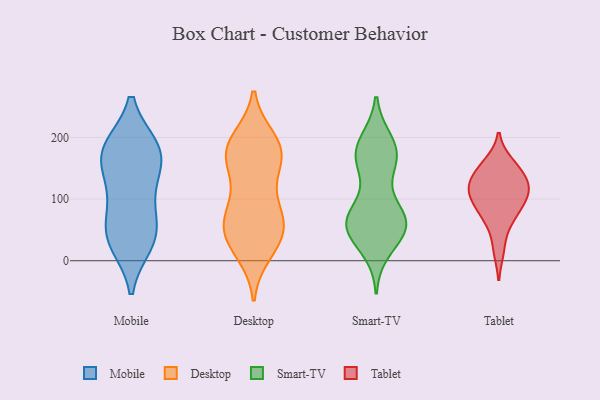
{"axis": {"x": "Inventory Turnover", "y": "Value"}, "legend": ["Desktop", "Mobile", "Smart-TV", "Tablet"], "data": [{"x": "", "y": 179, "type": "Mobile"}, {"x": "", "y": 114, "type": "Mobile"}, {"x": "", "y": 180, "type": "Mobile"}, {"x": "", "y": 30, "type": "Mobile"}, {"x": "", "y": 172, "type": "Mobile"}, {"x": "", "y": 100, "type": "Mobile"}, {"x": "", "y": 159, "type": "Mobile"}, {"x": "", "y": 43, "type": "Mobile"}, {"x": "", "y": 41, "type": "Mobile"}, {"x": "", "y": 46, "type": "Mobile"}, {"x": "", "y": 182, "type": "Mobile"}, {"x": "", "y": 170, "type": "Desktop"}, {"x": "", "y": 63, "type": "Desktop"}, {"x": "", "y": 16, "type": "Desktop"}, {"x": "", "y": 76, "type": "Desktop"}, {"x": "", "y": 44, "type": "Desktop"}, {"x": "", "y": 173, "type": "Desktop"}, {"x": "", "y": 179, "type": "Desktop"}, {"x": "", "y": 177, "type": "Desktop"}, {"x": "", "y": 64, "type": "Desktop"}, {"x": "", "y": 34, "type": "Desktop"}, {"x": "", "y": 86, "type": "Desktop"}, {"x": "", "y": 179, "type": "Desktop"}, {"x": "", "y": 194, "type": "Desktop"}, {"x": "", "y": 36, "type": "Desktop"}, {"x": "", "y": 131, "type": "Desktop"}, {"x": "", "y": 56, "type": "Smart-TV"}, {"x": "", "y": 61, "type": "Smart-TV"}, {"x": "", "y": 173, "type": "Smart-TV"}, {"x": "", "y": 191, "type": "Smart-TV"}, {"x": "", "y": 54, "type": "Smart-TV"}, {"x": "", "y": 167, "type": "Smart-TV"}, {"x": "", "y": 63, "type": "Smart-TV"}, {"x": "", "y": 175, "type": "Smart-TV"}, {"x": "", "y": 176, "type": "Smart-TV"}, {"x": "", "y": 157, "type": "Smart-TV"}, {"x": "", "y": 58, "type": "Smart-TV"}, {"x": "", "y": 21, "type": "Smart-TV"}, {"x": "", "y": 62, "type": "Smart-TV"}, {"x": "", "y": 72, "type": "Smart-TV"}, {"x": "", "y": 65, "type": "Smart-TV"}, {"x": "", "y": 18, "type": "Tablet"}, {"x": "", "y": 158, "type": "Tablet"}, {"x": "", "y": 125, "type": "Tablet"}, {"x": "", "y": 106, "type": "Tablet"}, {"x": "", "y": 66, "type": "Tablet"}, {"x": "", "y": 152, "type": "Tablet"}, {"x": "", "y": 72, "type": "Tablet"}, {"x": "", "y": 110, "type": "Tablet"}, {"x": "", "y": 139, "type": "Tablet"}, {"x": "", "y": 108, "type": "Tablet"}, {"x": "", "y": 90, "type": "Tablet"}, {"x": "", "y": 126, "type": "Tablet"}]}